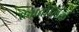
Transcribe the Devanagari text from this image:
ऐनाबोलिक